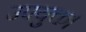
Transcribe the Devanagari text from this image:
उपयुक्त।